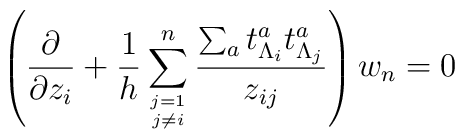
\left({\partial\over\partial z_i} +{1 \over h} \sum^n_{j=1\atop j\not= i} { \sum_{a} t^a_{\Lambda_i} t^a_{\Lambda_j} \over z_{ij}} \right) w_n=0 \